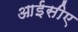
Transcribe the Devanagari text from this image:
आईसीए